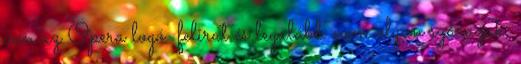
van az Opera logó felirat és legalább nem olyan szárazak,